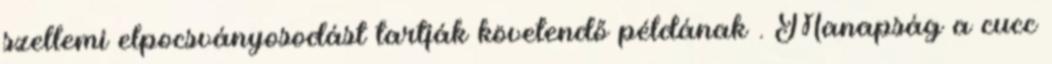
szellemi elpocsványosodást tartják követendő példának . Manapság a cucc